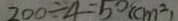
2 0 0 \div 4 = 5 0 ( c m ^ { 2 } )